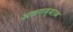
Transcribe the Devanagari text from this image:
अळगम्माळ